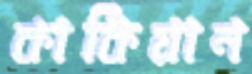
কাকিয়ান